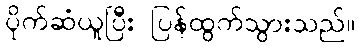
ပိုက်ဆံယူပြီး ပြန်ထွက်သွားသည်။